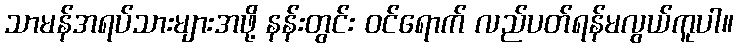
သာမန်အရပ်သားများအဖို့ နန်းတွင်း ဝင်ရောက် လည်ပတ်ရန်မလွယ်ကူပါ။